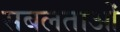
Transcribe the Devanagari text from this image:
सबलताओं